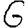
Digit: 6